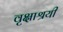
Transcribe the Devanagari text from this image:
वृक्षाश्रयी